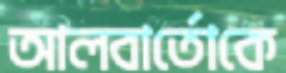
আলবার্তোকে